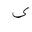
Letter: _ya